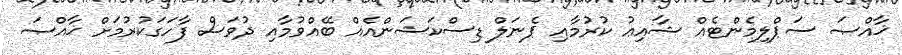
ޚާއްޞަ ސަޕްލިމެންޓެއް ޝާއިޢު ކުރުމާއި ޕެނަލް ޑިސްކަޝަންއެއް ބޭއްވުމާއި ދުވަސް ފާހަގަކުރުމަށް ޚާއްޞަ